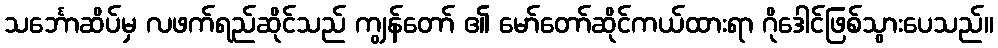
သင်္ဘောဆိပ်မှ လဖက်ရည်ဆိုင်သည် ကျွန်တော် ၏ မော်တော်ဆိုင်ကယ်ထားရာ ဂိုဒေါင်ဖြစ်သွားပေသည်။